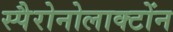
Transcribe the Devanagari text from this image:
स्पैरोनोलाक्टोंन